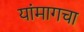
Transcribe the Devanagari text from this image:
यांमागचा